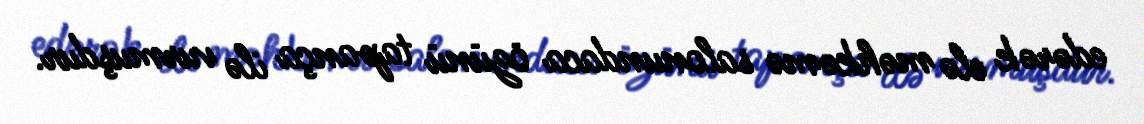
edərək elə məhkəmə salonundaca özünü tapança ilə vurmuşdur.